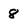
Character: 8